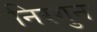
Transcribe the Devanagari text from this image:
निरगुन